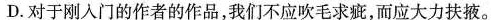
D.对于刚入门的作者的作品，我们不应吹毛求疵，而应大力扶掖。